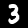
Digit: 3